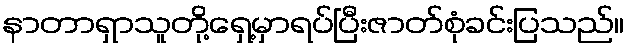
နာတာရှာသူတို့ရှေ့မှာရပ်ပြီးဇာတ်စုံခင်းပြသည်။